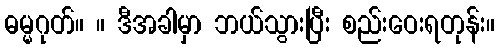
ဓမ္မဂုတ်။ ။ ဒီအခါမှာ ဘယ်သွားပြီး စည်းဝေးရတုန်း။